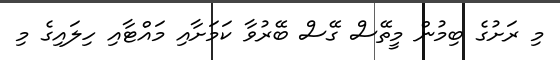
މި ރަށުގެ ބިމުން މީތޭސް ގޭސް ބޭރުވާ ކަމަށާއި މައްޓާއި ހިލައިގެ މި